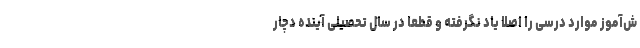
ش‌آموز موارد درسی را اصلا یاد نگرفته و قطعا در سال تحصیلی آینده دچار